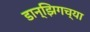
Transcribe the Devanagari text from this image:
डान्झिगच्या